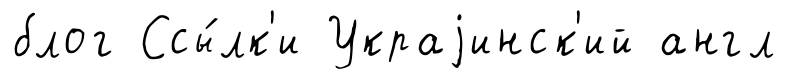
блог Ссы́лк'и Украjинск'ий англ